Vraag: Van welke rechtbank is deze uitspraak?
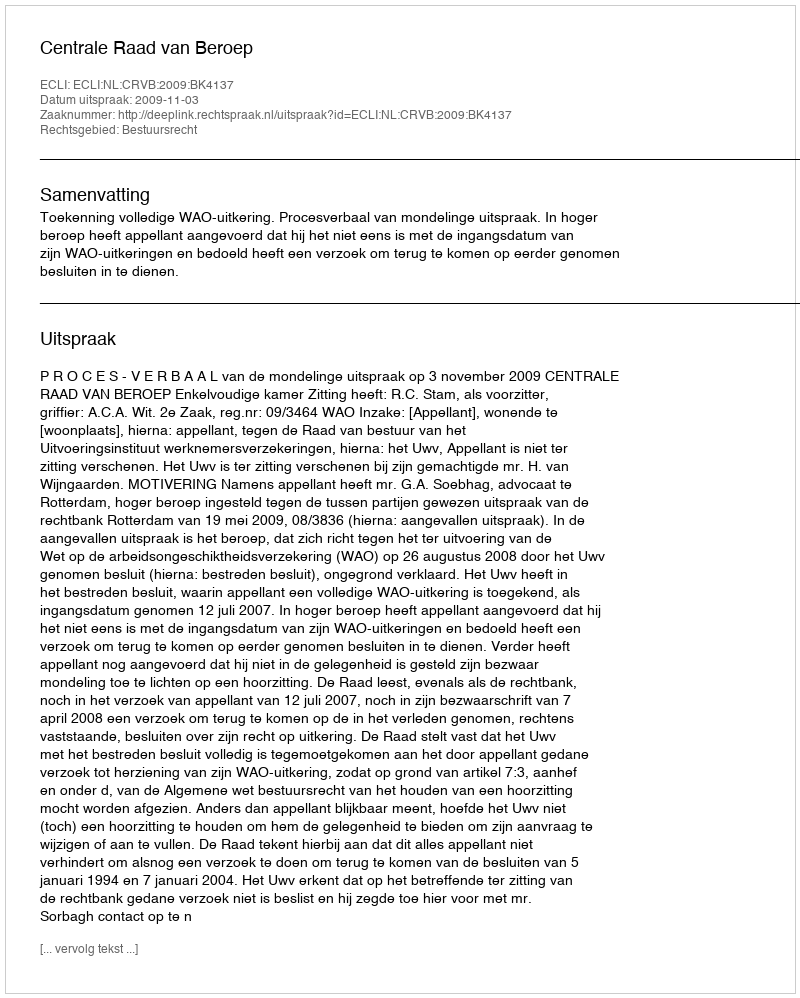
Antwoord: Centrale Raad van Beroep